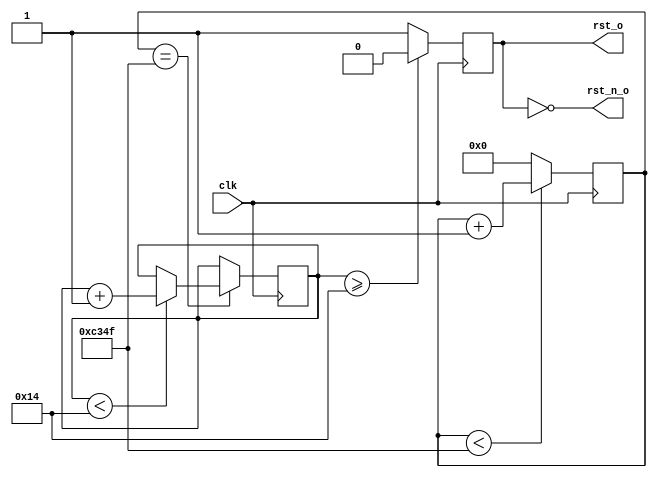
`timescale 1ns / 1ps

// FPGA

module reset_module  # (
    parameter        SYS_CYCLE      = 'd20,         //20ns50MHz
    parameter        MS_WAIT_TIME   = 'd1000000,    //ns, SYS_CYCLE, 40
    parameter        RST_MS_MAX     = 'd20         // MS_CNT_MAX
    //parameter       RST_LEVEL      = 1'b0          // 
)
(
    input wire         clk,
    output wire        rst_o,
    output wire        rst_n_o
);

parameter     MS_CNT_MAX = MS_WAIT_TIME/SYS_CYCLE - 1;

reg [16:0]    ms_cnt;
reg [10:0]    reset_cnt = 'd0;
reg           rst_o_reg;

always @ (posedge clk)
begin
    if (ms_cnt < MS_CNT_MAX)
    begin
        ms_cnt <= ms_cnt + 17'd1;
    end
    else
    begin
        ms_cnt <= 17'd0;
    end
end


always @ (posedge clk)
begin
    if (ms_cnt == MS_CNT_MAX) 
    begin
        if (reset_cnt < RST_MS_MAX)
        begin
            reset_cnt <= reset_cnt + 11'd1;
        end
    end
end


always @ (posedge clk)
begin
    if (reset_cnt >= RST_MS_MAX)
    begin
        //rst_o_reg <= ~RST_LEVEL;
        rst_o_reg <= 1'b0;
    end
    else
    begin
        rst_o_reg <= 1'b1;
    end
end

assign rst_o = rst_o_reg;
assign rst_n_o = ~rst_o_reg;

endmodule